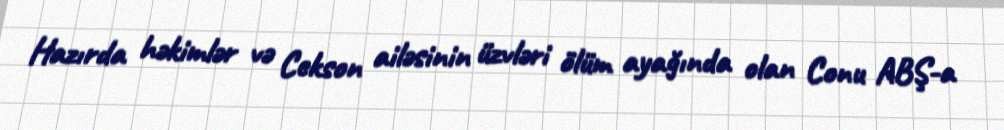
Hazırda həkimlər və Cekson ailəsinin üzvləri ölüm ayağında olan Conu ABŞ-a